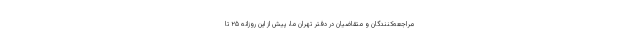
مراجعه‌کنندگان و متقاضیان در دفتر تهران ما، پیش از این روزانه ۲۵ تا